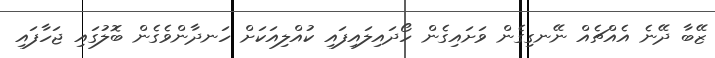
ޒޭބާ ދޭނެ އެއްޗެއް ނޭނގިގެން ވަށައިގެން ހޯދައިލައިފައި ކުއްލިއަކަށް ހަނދާންވެގެން ބޮލުގައި ޖަހާފައި